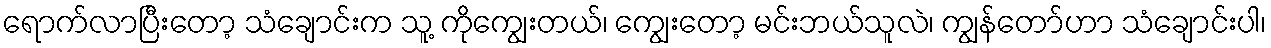
ရောက်လာပြီးတော့ သံချောင်းက သူ့ ကိုကျွေးတယ်၊ ကျွေးတော့ မင်းဘယ်သူလဲ၊ ကျွန်တော်ဟာ သံချောင်းပါ၊